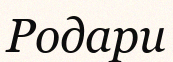
Родари